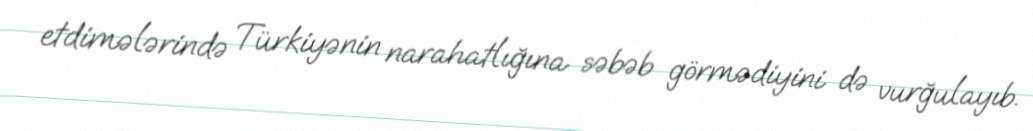
etdimələrində Türkiyənin narahatlığına səbəb görmədiyini də vurğulayıb.